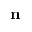
\mathbf { n }